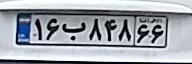
۱۶ب۸۴۸۶۶